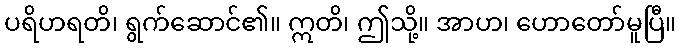
ပရိဟရတိ၊ ရွက်ဆောင်၏။ ဣတိ၊ ဤသို့။ အာဟ၊ ဟောတော်မူပြီ။